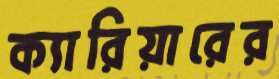
ক্যারিয়ারের